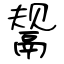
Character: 鬶